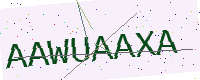
Text: AAWUAAXA